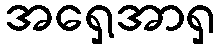
အရှေ့အာရှ